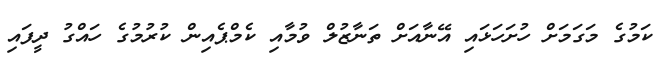
ކަމުގެ މަގަމަށް ހުށަހަޅައި އޭނާއަށް ތަނާޒުލް ވުމާއި ކެމްޕެއިން ކުރުމުގެ ހައްގު ދީފައި